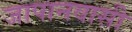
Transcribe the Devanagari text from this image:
जापानवासी